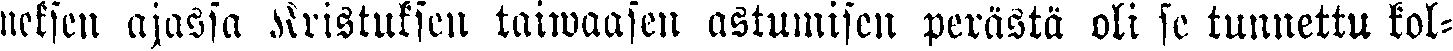
neksen ajassa Kristuksen taiwaasen astumisen perästä oli se tunnettu kol-